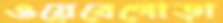
ওয়েবেগোড়া